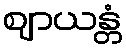
ဈာယန္တံ